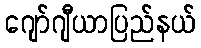
ဂျော်ဂျီယာပြည်နယ်